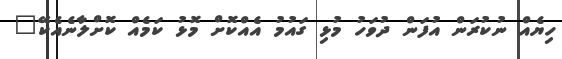
ހިޔެއް ނުކުރަން އުފަން ދުވަހު މުޅި ގައުމު އެއްކޮށް މޮޅު ކަމެއް ކޮށްލާނެއެކޭ"